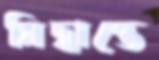
সিদ্ধান্তে